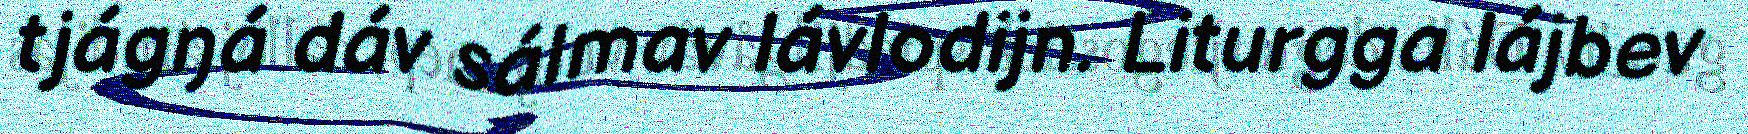
tjágŋá dáv sálmav lávlodijn. Liturgga lájbev